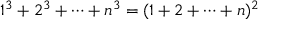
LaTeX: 1 ^ { 3 } + 2 ^ { 3 } + \cdots + n ^ { 3 } = ( 1 + 2 + \cdots + n ) ^ { 2 }